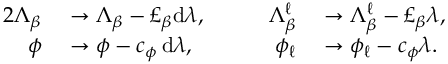
\begin{array} { r l r l } { { 2 } \Lambda _ { \beta } } & { { } \to \Lambda _ { \beta } - \pounds _ { \beta } \mathrm { d } \lambda , \qquad } & { \Lambda _ { \beta } ^ { \ell } } & { { } \to \Lambda _ { \beta } ^ { \ell } - \pounds _ { \beta } \lambda , } \\ { \phi } & { { } \to \phi - c _ { \phi } \, \mathrm { d } \lambda , \qquad } & { \phi _ { \ell } } & { { } \to \phi _ { \ell } - c _ { \phi } \lambda . } \end{array}